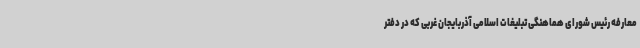
معارفه رئیس شورای هماهنگی تبلیغات اسلامی آذربایجان غربی که در دفتر